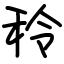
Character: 秢